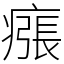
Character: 瘬